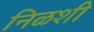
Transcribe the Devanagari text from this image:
निळशी